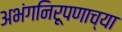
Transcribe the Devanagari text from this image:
अभंगनिरूपणाच्या